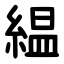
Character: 緼